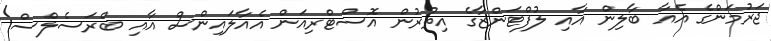
ޖަރުމަންގެ އެއާ ބާލިން އާއި ލުފްޓަންޒާގެ އިތުރުން އޮސްޓްރިއަން އެއާލައިންސް އާއި ބްރަސެލްސް